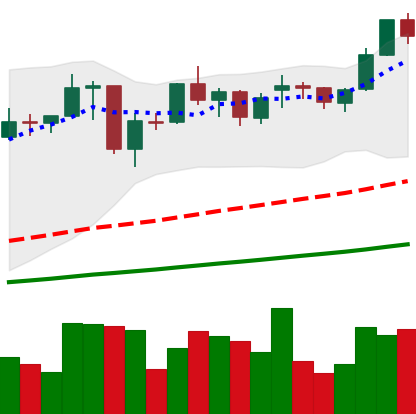
Ticker: ETH-USD
Chart end date: 2021-02-04
Forward return: 10.865%
Label: up_7plus